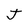
Character: J